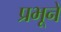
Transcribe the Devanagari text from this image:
प्रभूनें